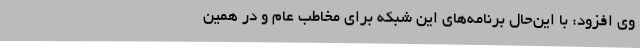
وی افزود: با این‌حال برنامه‌های این شبکه برای مخاطب عام و در همین